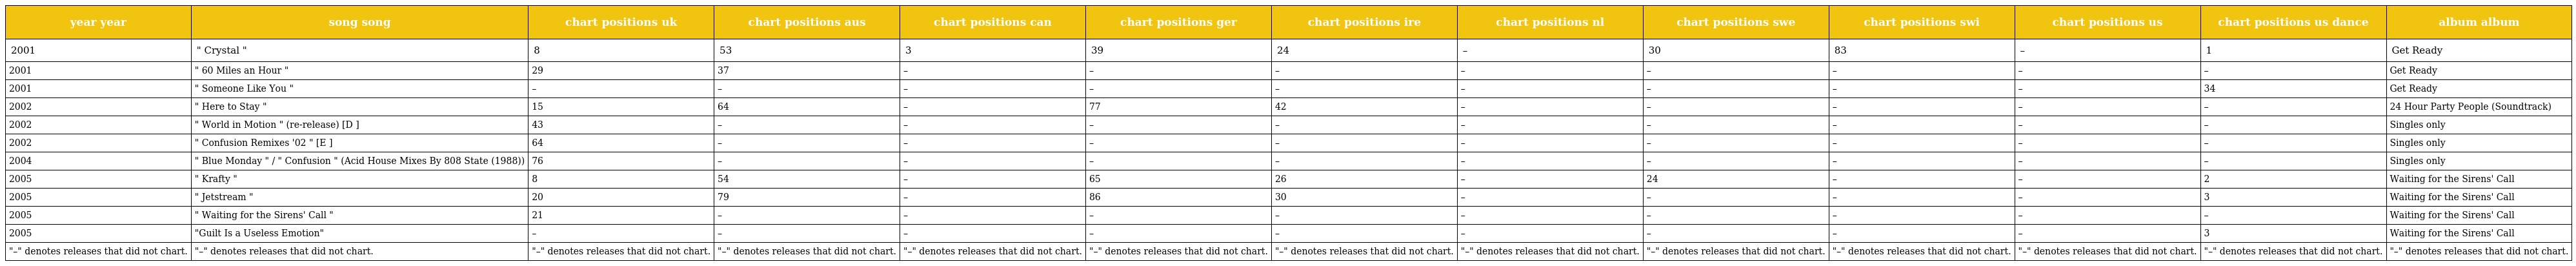
| year year | song song | chart positions uk | chart positions aus | chart positions can | chart positions ger | chart positions ire | chart positions nl | chart positions swe | chart positions swi | chart positions us | chart positions us dance | album album |
 | --- | --- | --- | --- | --- | --- | --- | --- | --- | --- | --- | --- | --- |
 | 2001 | " Crystal " | 8 | 53 | 3 | 39 | 24 | – | 30 | 83 | – | 1 | Get Ready |
 | 2001 | " 60 Miles an Hour " | 29 | 37 | – | – | – | – | – | – | – | – | Get Ready |
 | 2001 | " Someone Like You " | – | – | – | – | – | – | – | – | – | 34 | Get Ready |
 | 2002 | " Here to Stay " | 15 | 64 | – | 77 | 42 | – | – | – | – | – | 24 Hour Party People (Soundtrack) |
 | 2002 | " World in Motion " (re-release) [D ] | 43 | – | – | – | – | – | – | – | – | – | Singles only |
 | 2002 | " Confusion Remixes '02 " [E ] | 64 | – | – | – | – | – | – | – | – | – | Singles only |
 | 2004 | " Blue Monday " / " Confusion " (Acid House Mixes By 808 State (1988)) | 76 | – | – | – | – | – | – | – | – | – | Singles only |
 | 2005 | " Krafty " | 8 | 54 | – | 65 | 26 | – | 24 | – | – | 2 | Waiting for the Sirens' Call |
 | 2005 | " Jetstream " | 20 | 79 | – | 86 | 30 | – | – | – | – | 3 | Waiting for the Sirens' Call |
 | 2005 | " Waiting for the Sirens' Call " | 21 | – | – | – | – | – | – | – | – | – | Waiting for the Sirens' Call |
 | 2005 | "Guilt Is a Useless Emotion" | – | – | – | – | – | – | – | – | – | 3 | Waiting for the Sirens' Call |
 | "–" denotes releases that did not chart. | "–" denotes releases that did not chart. | "–" denotes releases that did not chart. | "–" denotes releases that did not chart. | "–" denotes releases that did not chart. | "–" denotes releases that did not chart. | "–" denotes releases that did not chart. | "–" denotes releases that did not chart. | "–" denotes releases that did not chart. | "–" denotes releases that did not chart. | "–" denotes releases that did not chart. | "–" denotes releases that did not chart. | "–" denotes releases that did not chart. |